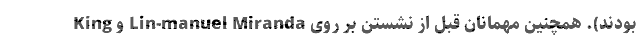
King و Lin-manuel Miranda بودند). همچنین مهمانان قبل از نشستن بر روی